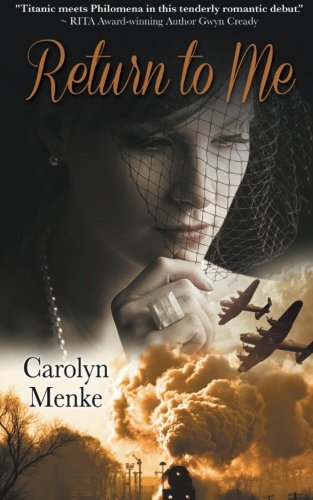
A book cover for Return to Me; Carolyn Menke; Romance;